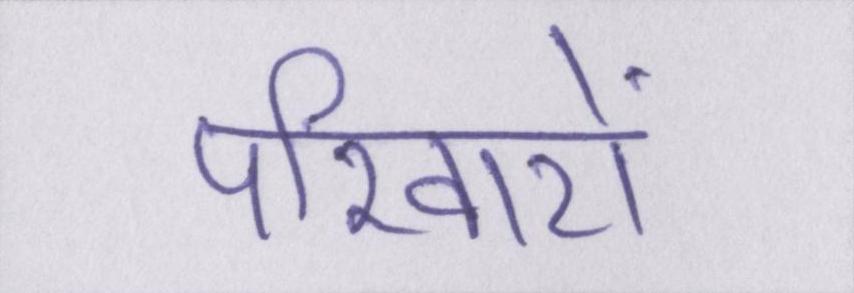
परिवारों